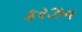
કરઝન